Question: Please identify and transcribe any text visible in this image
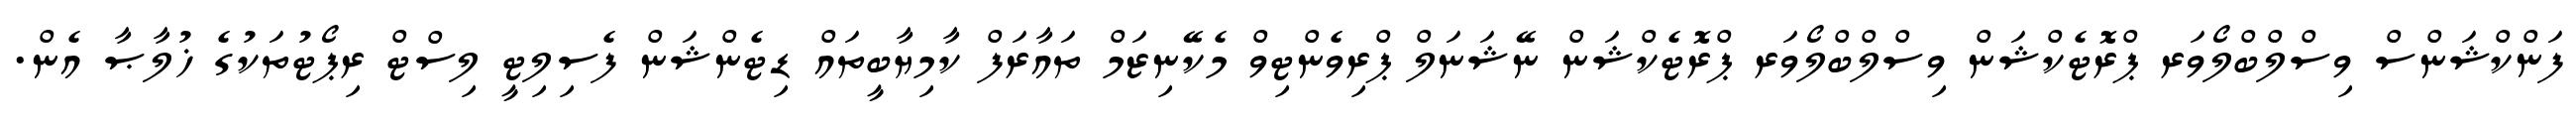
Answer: ފަންކްޝަންސް ވިސްލްބްލޯވަރ ޕްރޮޓެކްޝަން ވިސްލްބްލޯވަރ ޕްރޮޓެކްޝަން ނޭޝަނަލް ޕްރިވެންޓިވް މެކޭނިޒަމް ތައާރަފް ކާމިޔާބީތައް ޑިޓެންޝަން ފެސިލިޓީ ލިސްޓް ރިޕޯޓުތަކުގެ ޚުލާޞާ އެން.